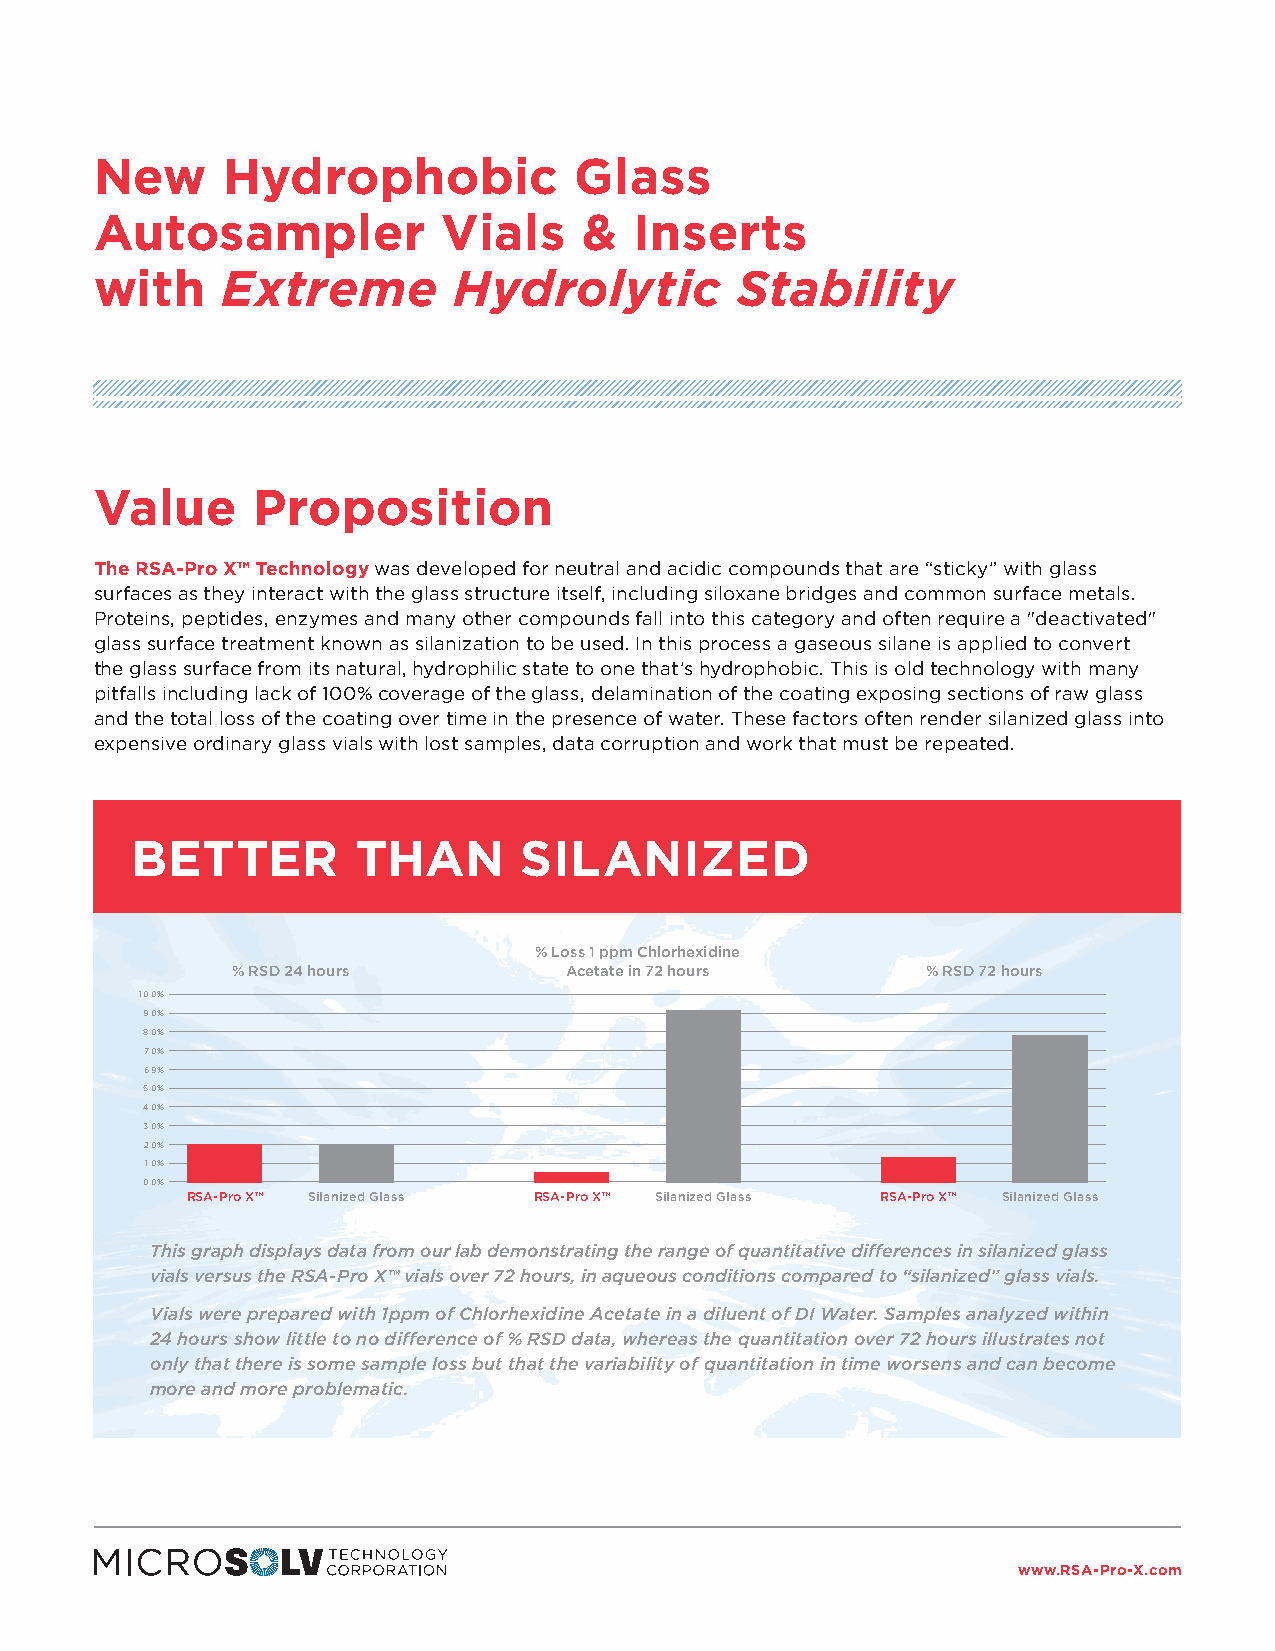
New      Hydrophobic            Glass
 Autosampler            Vials     &  Inserts
 with     Extreme        Hydrolytic         Stability
 Value      Proposition
 The RSA-Pro X™ Technology was developed for neutral and acidic compounds that are “sticky” with glass
 surfaces as they interact with the glass structure itself, including siloxane bridges and common surface metals.
 Proteins, peptides, enzymes and many other compounds fall into this category and often require a "deactivated"
 glass surface treatment known as silanization to be used. In this process a gaseous silane is applied to convert
 the glass surface from its natural, hydrophilic state to one that’s hydrophobic. This is old technology with many
 pitfalls including lack of 100% coverage of the glass, delamination of the coating exposing sections of raw glass
 and the total loss of the coating over time in the presence of water. These factors often render silanized glass into
 expensive ordinary glass vials with lost samples, data corruption and work that must be repeated.
 BETTER         THAN       SILANIZED
 % Loss 1 ppm Chlorhexidine
 % RSD 24 hours        Acetate in 72 hours     % RSD 72 hours
 10.0%
 9.0%
 8.0%
 7.0%
 6.9%
 5.0%
 4.0%
 3.0%
 2.0%
 1.0%
 0.0%
 RSA-Pro X™ Silanized Glass RSA-Pro X™ Silanized Glass RSA-Pro X™ Silanized Glass
 This graph displays data from our lab demonstrating the range of quantitative differences in silanized glass
 vials versus the RSA-Pro X™ vials over 72 hours, in aqueous conditions compared to “silanized” glass vials.
 Vials were prepared with 1ppm of Chlorhexidine Acetate in a diluent of DI Water. Samples analyzed within
 24 hours show little to no difference of % RSD data, whereas the quantitation over 72 hours illustrates not
 only that there is some sample loss but that the variability of quantitation in time worsens and can become
 more and more problematic.
 www.RSA-Pro-X.com